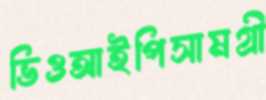
ভিওআইপিসামগ্রী